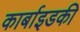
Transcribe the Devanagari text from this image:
कार्बाइडकी